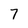
Character: 7